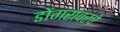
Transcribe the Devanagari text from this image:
डोंगरांवरचे